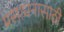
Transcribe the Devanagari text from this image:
प्रसाधनासाठी